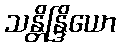
သန္တိန္ဒြိယော